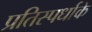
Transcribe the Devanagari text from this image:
प्रतिस्पर्धाके